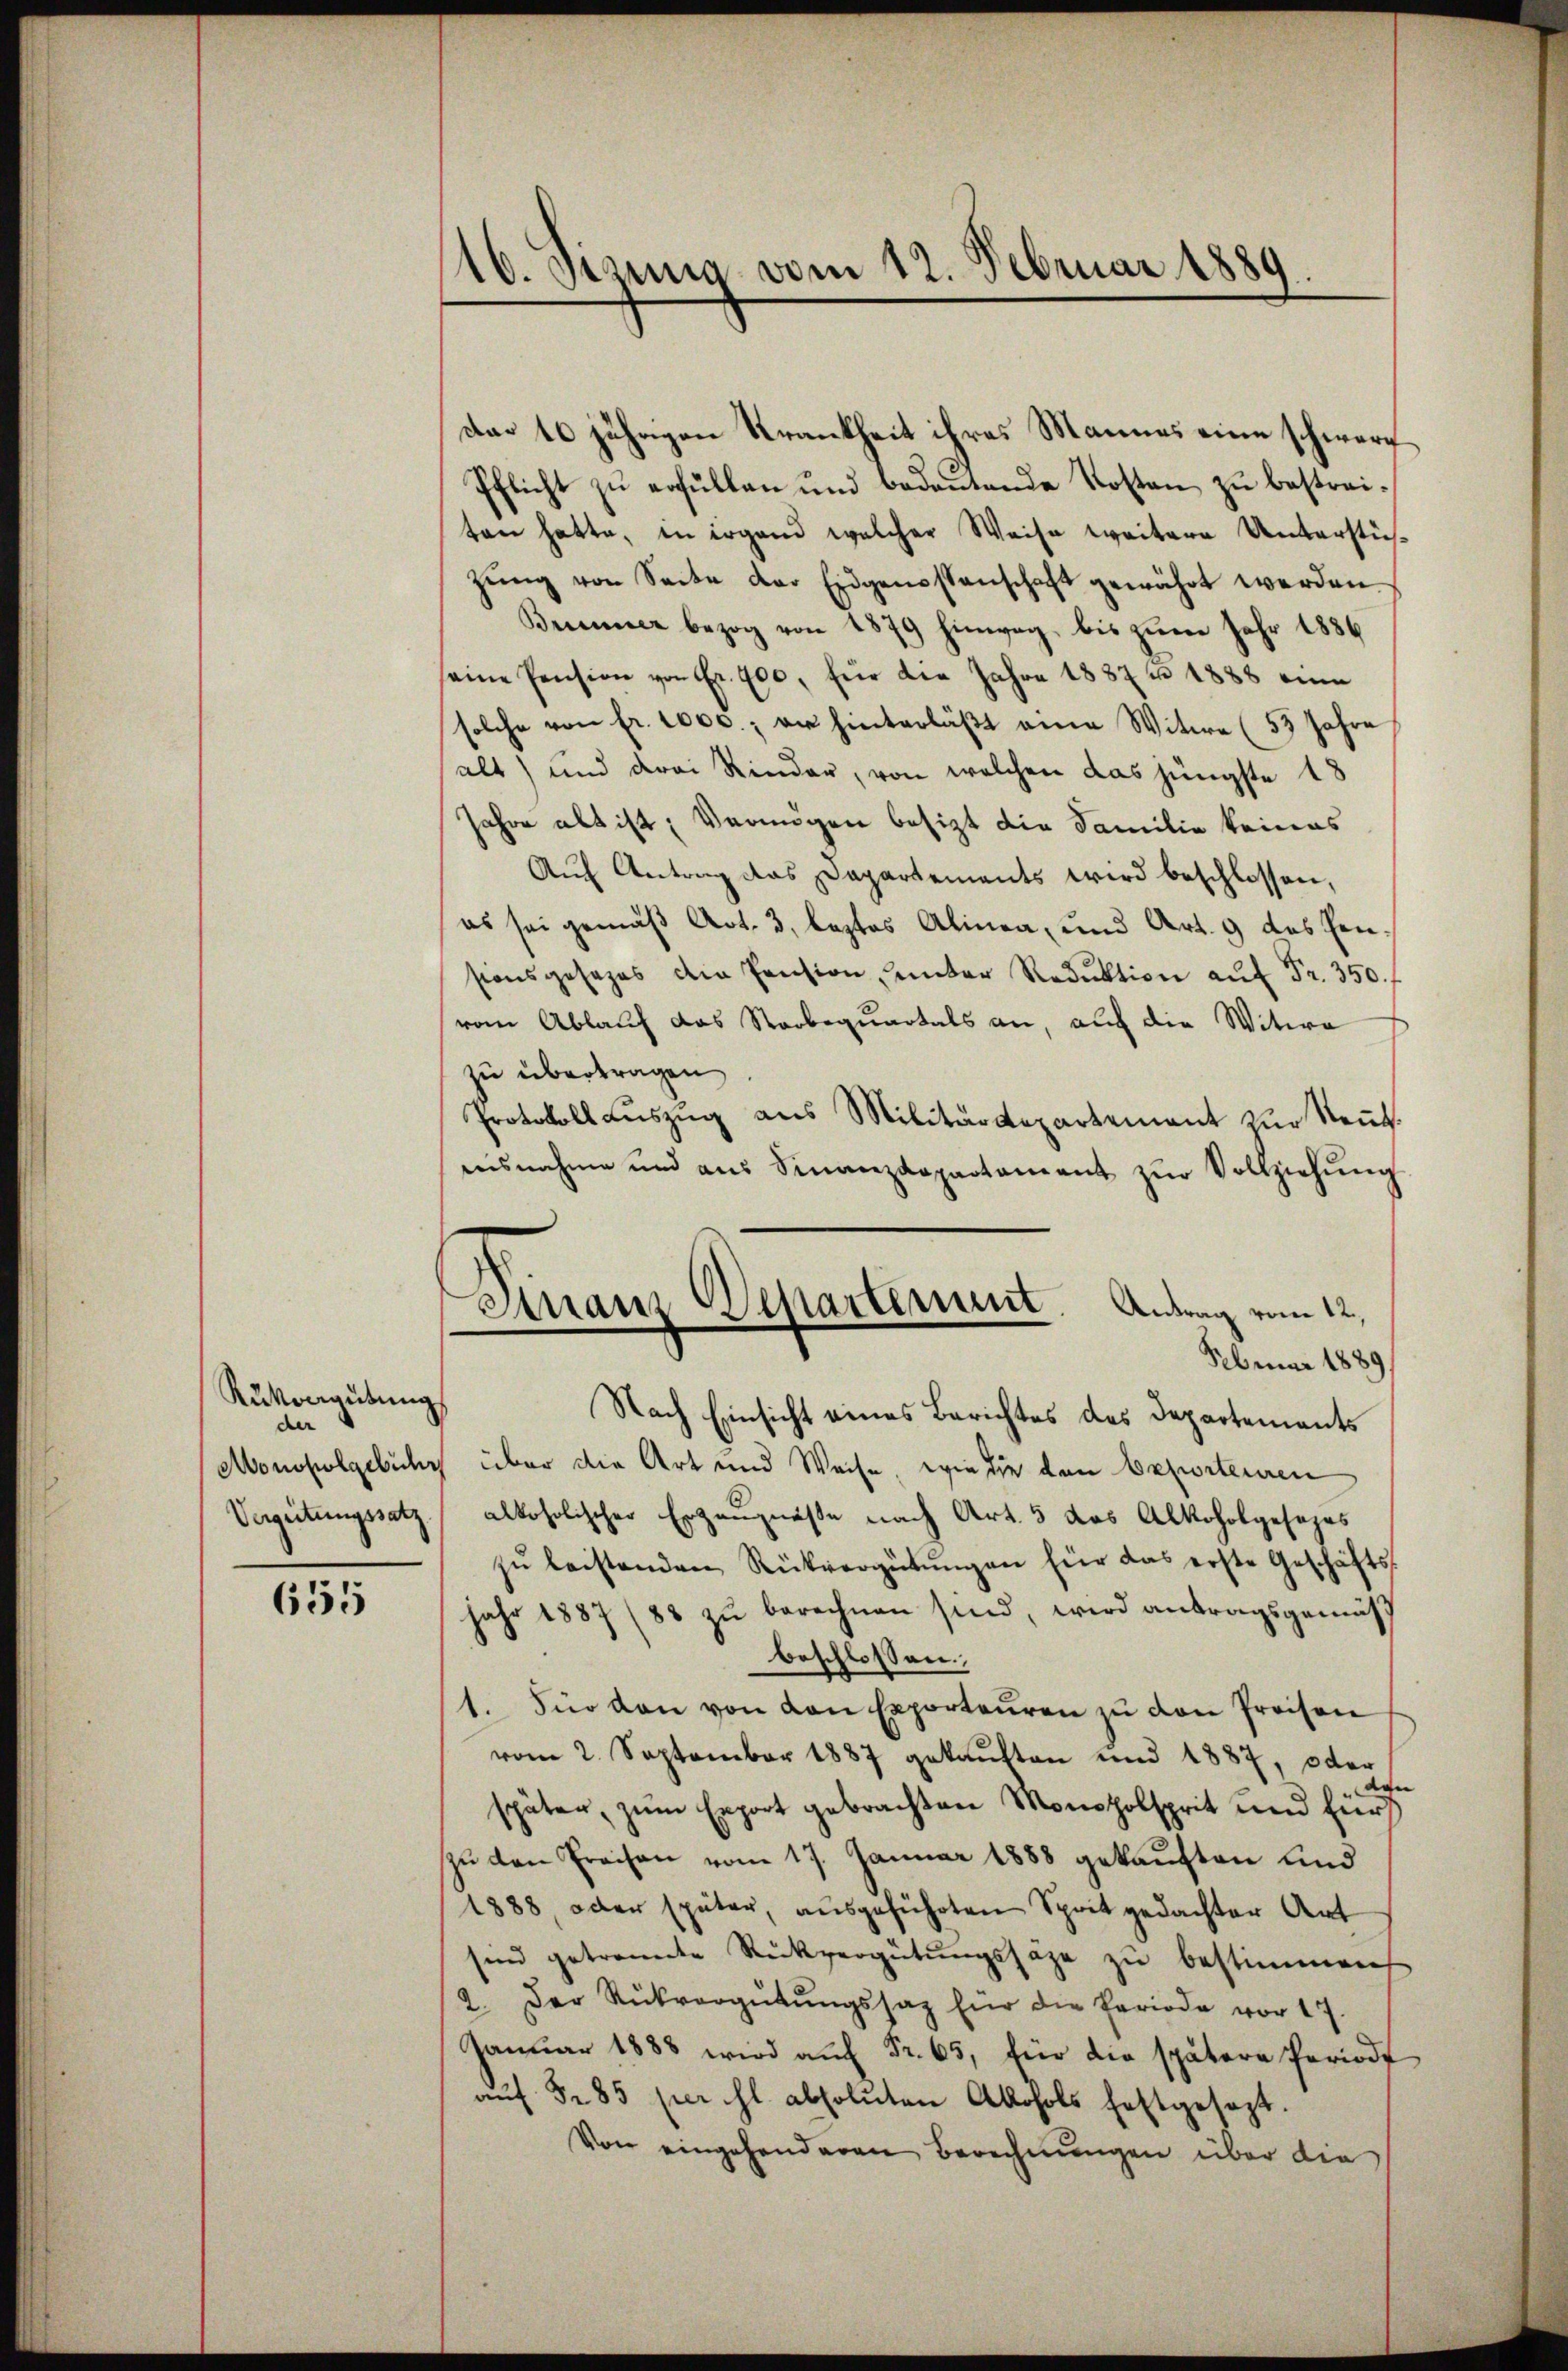
Rükorgütung
¬
der
Verzeitungssatz

655

A16. Sizung vom 12. Februar 1889.

dar 10 jährigen Krankheit ihres Mannes eine schwere
Pflicht zu erfüllen und bedeutende Kosten zu bestreiten hatte, in irgend welcher Weise weitere Unterstüzŭng von Seite der Eidgenossenschaft gewährt werden.
Brunner bezog von 1879 hinweg, bis zum Jahr 1886
seine Pension von Fr. 900, für der Jahre 1887 n 1888 eine
solche von fr. 1000. er hinterläβt eine Witwe (53 Jahre
alt) und drei Rinder, von welchen das jüngste 18
Jahre alt ist; Vermögen besizt die Familie keines
Auf Antrag das Departements wird beschlossen,
es sei gemäß Art. 3, leztes Alinea, und Art. 9 das Fensionsgesezes die Pension, unter Reduktion aŭf Fr. 350. f
vom Ablauf das Starbequartals an, auch die Witwe
zu übertragen
Protokoll aŭszŭg aŭs Militärdepartement zŭr Neŭt.
ausnahme und aŭs Finanzdepartament zŭr Vollziehŭng
Februar 1889/
Nach Einsicht eines Berichtes des Departements
Monopolgebühr über die Art und Weise, wie die den Exporteuren
alkoholischer Erzeugniße nach Art. 5 das Alkoholgesezes
zŭ leistenden Rückvergütŭngen für das erste Geschäfts-
jahr 1887 (88 zŭ berechnen sind, wird antragsgemäß
beschlossen,
1. Für den von den Exporteŭren zŭ den Preisen
vom 2. September 1887 gekauften und 1887, oder
den
später, zum Export gebrachten Monatholsprit und für
zu den Preisen vom 17. Januar 1888 gekauften und
1888 oder später, aŭsgeführten Sprit gedachter Art
sind getrannte Rückvergütŭngssäge zu bestimmen
2. Der Rückvergütŭngssaz für die Periode vor 17.
Januar 1888 wird auf Fr. 65, für die spätere Periode
aŭf 585 per hl. absoluten Akohols festgesezt.
Von eingehanderen Berechnungen über die

Finanz Departement. Antrag vom 12.